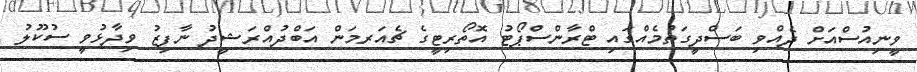
ވީނިއުސްއަށް ދެއްވި ބަސްދީގަތުމެއްގައި ޓްރާންސްޕޯޓު އޮތޯރިޓީގެ ޗެއަރމަން އަބްދުއްރަޝީދު ނާފިޒު ވިދާޅުވީ ސުކޫލު